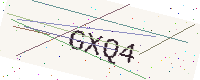
Text: GXQ4